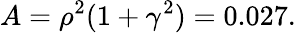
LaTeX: A=\rho^{2}(1+\gamma^{2})=0.027.